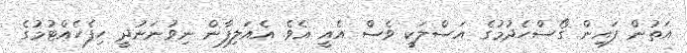
އަތުން ފައިން ގޯސްހެދުމުގެ އަސްލަކީ ވެސް އެއީ އެވެ. އެއަލިފާން ނިވުނަނުދީ ހިފެހެއްޓުމުގެ